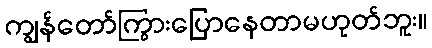
ကျွန်တော်ကြွားပြောနေတာမဟုတ်ဘူး။